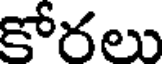
కోరలు